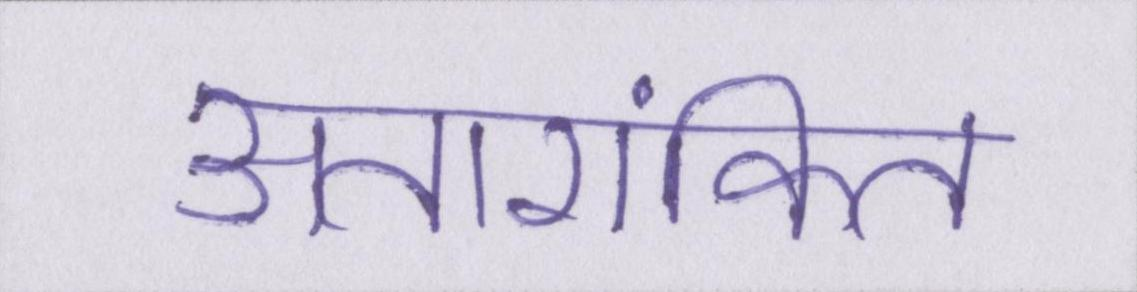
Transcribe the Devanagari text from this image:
अतारांकित